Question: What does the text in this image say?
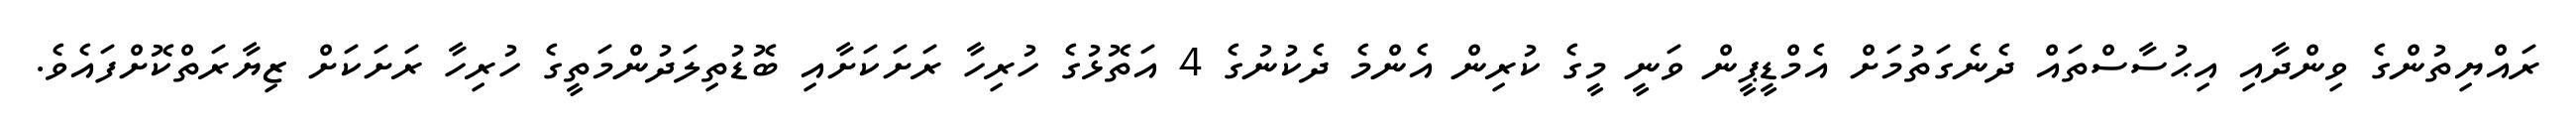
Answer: ރައްޔިތުންގެ ވިންދާއި އިޙުސާސްތައް ދެނެގަތުމަށް އެމްޑީޕީން ވަނީ މީގެ ކުރިން އެންމެ ދެކުނުގެ 4 އަތޮޅުގެ ހުރިހާ ރަށަކަށާއި ބޮޑުތިލަދުންމަތީގެ ހުރިހާ ރަށަކަށް ޒިޔާރަތްކޮށްފައެވެ.